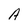
Character: A